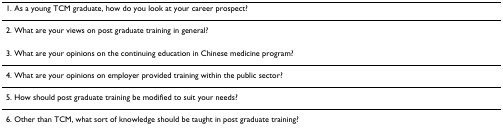
| 1. As a young TCM graduate, how do you look at your career prospect? |
 | --- |
 | 2. What are your views on post graduate training in general? |
 | 3. What are your opinions on the continuing education in Chinese medicine program? |
 | 4. What are your opinions on employer provided training within the public sector? |
 | 5. How should post graduate training be modified to suit your needs? |
 | 6. Other than TCM, what sort of knowledge should be taught in post graduate training? |